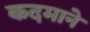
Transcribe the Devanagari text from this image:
कदमाने